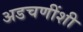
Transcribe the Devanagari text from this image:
अडचणींशी